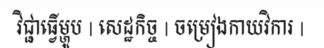
វិជ្ជាធ្វើម្ហូប | សេដ្ឋកិច្ច | ចម្រៀងកាយវិការ |